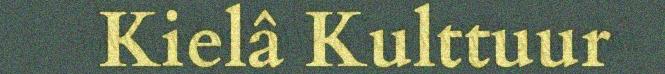
Kielâ Kulttuur